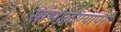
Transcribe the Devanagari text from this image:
सांभाळण्यापरी